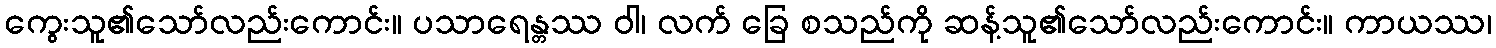
ကွေးသူ၏သော်လည်းကောင်း။ ပသာရေန္တဿ ဝါ၊ လက် ခြေ စသည်ကို ဆန့်သူ၏သော်လည်းကောင်း။ ကာယဿ၊